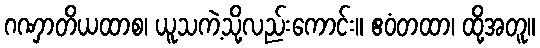
ဂဏှာတိယထာစ၊ ယူသကဲ့သို့လည်းကောင်း။ ဧဝံတထာ၊ ထို့အတူ။